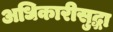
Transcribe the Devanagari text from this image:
अधिकारीसुद्धा